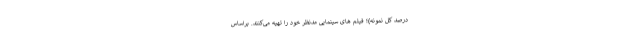
درصد کل نمونه)؛ فیلم ­های سینمایی مدنظر خود را تهیه می­کنند. براساس